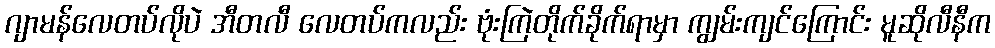
ဂျာမန်လေတပ်လိုပဲ အီတလီ လေတပ်ကလည်း ဗုံးကြဲတိုက်ခိုက်ရာမှာ ကျွမ်းကျင်ကြောင်း မူဆိုလီနီက